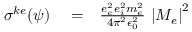
\begin{array} { r l r } { \sigma ^ { k e } ( \psi ) } & { { } = } & { \frac { e _ { e } ^ { 2 } e _ { i } ^ { 2 } m _ { e } ^ { 2 } } { 4 \pi ^ { 2 } \epsilon _ { 0 } ^ { 2 } } \, \left| M _ { e } \right| ^ { 2 } } \end{array}